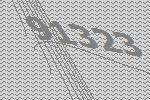
91323